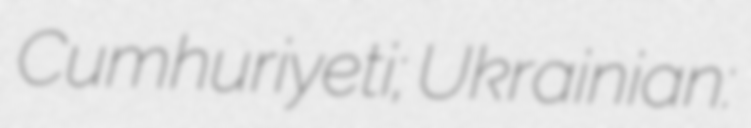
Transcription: Cumhuriyeti; Ukrainian: Кримська